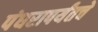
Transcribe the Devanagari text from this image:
पंधरापर्यंतचे